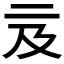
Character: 𠄦